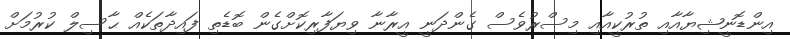
އިންޑޮނީޝިޔާއާއި ތުރުކީއާއި މިސްރުވެސް ގެންދަނީ އީރާނާ ވިޔަފާރިކޮށްގެން ބޮޑެތި ފައިދާތަކެއް ޙާސިލް ކުރުމަށް